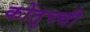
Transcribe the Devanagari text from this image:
कोंतुच्ची